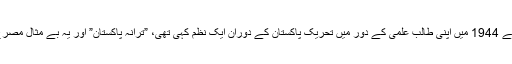
پروفیسر سودائی نے 1944 میں اپنی طالب علمی کے دور میں تحریک پاکستان کے دوران ایک نظم کہی تھی، ”ترانۂ پاکستان” اور یہ بے مثال مصرع اسی نظم کا ہے۔